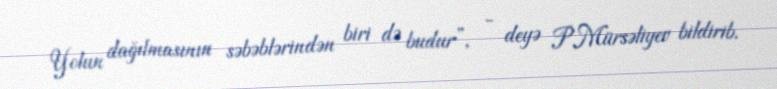
Yolun dağılmasının səbəblərindən biri də budur”, - deyə P.Mürsəliyev bildirib.